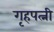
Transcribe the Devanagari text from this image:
गृहपत्नी